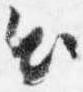
出